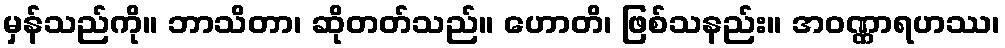
မှန်သည်ကို။ ဘာသိတာ၊ ဆိုတတ်သည်။ ဟောတိ၊ ဖြစ်သနည်း။ အဝဏ္ဏာရဟဿ၊